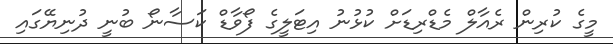
މީގެ ކުރިން ރެއާލް މެޑްރިޑަށް ކުޅުނު އިޓަލީގެ ފޯވާޑް ކަސާނޯ ބުނީ ދުނިޔޭގައި